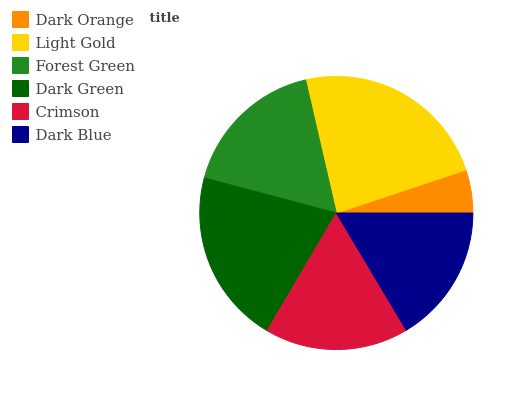
| Dark Orange | Light Gold | Forest Green | Dark Green | Crimson | Dark Blue |
 | --- | --- | --- | --- | --- | --- |
 | 5.1% | 23.6% | 17.2% | 20.7% | 17% | 16.4% |